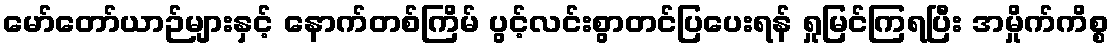
မော်တော်ယာဉ်များနှင့် နောက်တစ်ကြိမ် ပွင့်လင်းစွာတင်ပြပေးရန် ရှုမြင်ကြရပြီး အမှိုက်ကိစ္စ